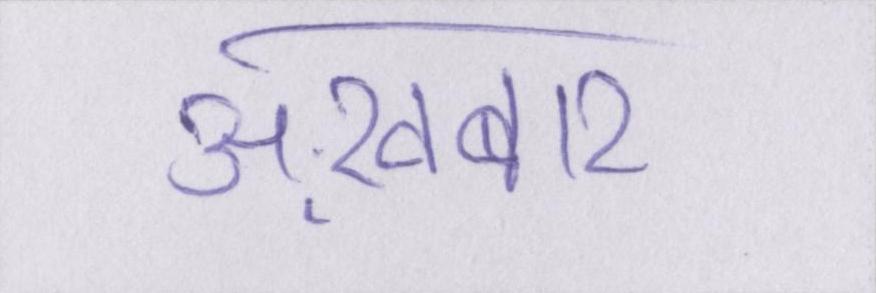
अख़बार